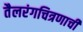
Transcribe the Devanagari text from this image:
तैलरंगचित्रणाची